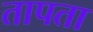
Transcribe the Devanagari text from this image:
तापता